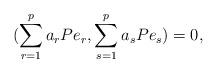
LaTeX: \begin{align*} ( \sum_{r=1}^pa_rPe_r, \sum_{s=1}^pa_sPe_s )=0,\end{align*}